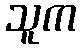
သူက